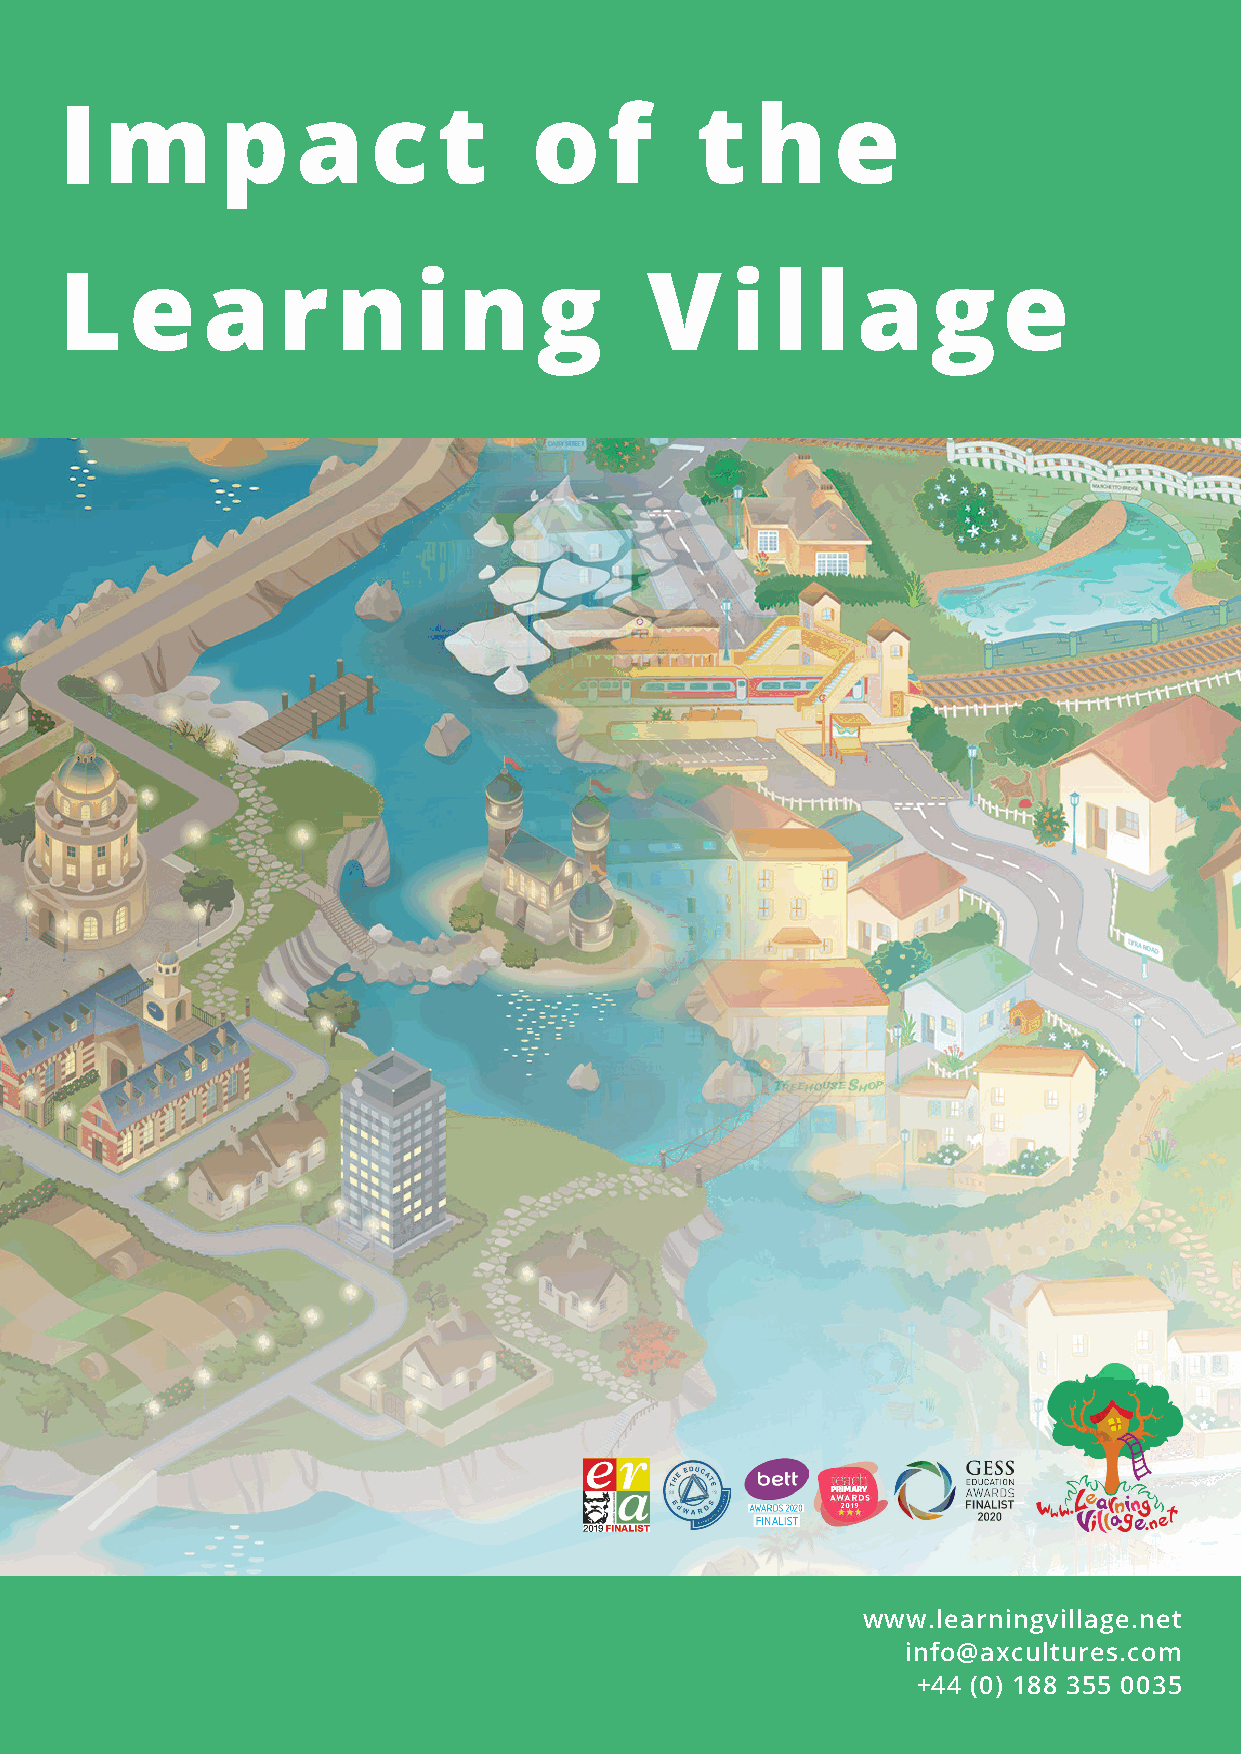
I  m       p    a   c    t     o    f     t   h    e
 Connecting communities
 L    e   a    r   n    i  n     g      V    i  l  l  a    ge
 www.learningvillage.net
 info@axcultures.com
 +44 (0) 188 355 0035
 www.learningvillage.net              1                        +44 (0) 188 335 0035